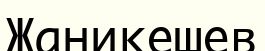
Жаникешев